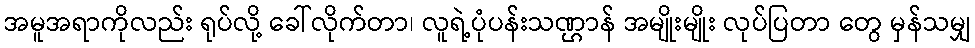
အမူအရာကိုလည်း ရုပ်လို့ ခေါ်လိုက်တာ၊ လူရဲ့ပုံပန်းသဏ္ဌာန် အမျိုးမျိုး လုပ်ပြတာ တွေ မှန်သမျှ